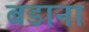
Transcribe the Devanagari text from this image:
बडाना